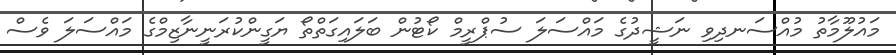
މައުލޫމާތު މުއްސަނދިވި ނަޝީދުގެ މައްސަލަ ސުޕްރީމް ކޯޓުން ބަލައިގަތްތޯ ޔަގީންކުރަނީނާޒިމްގެ މައްސަލަ ވެސް